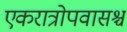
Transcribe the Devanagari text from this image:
एकरात्रोपवासश्च